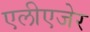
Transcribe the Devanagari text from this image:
एलीएजेर